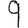
Digit: 9